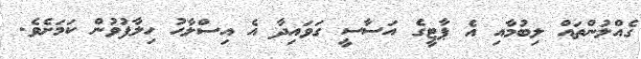
ގެއްލުންތައް ލިބުމާއި އެ ޕާޓީގެ އަސާސީ ގަވައިދާ އެ އިސްލާހު ހިލާފުވުން ކަމަށެވެ.